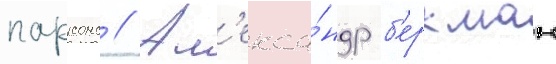
парсонс // Ал'екса́ндр б'еркман